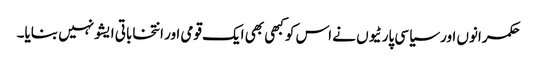
حکمرانوں اور سیاسی پارٹیوں نے اس کو کبھی بھی ایک قومی اور انتخاباتی ایشو نہیں بنایا۔